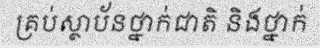
គ្រប់ស្ថាប័នថ្នាក់ជាតិ និងថ្នាក់